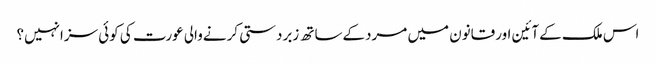
اس ملک کےآئین اورقانون میں مردکےساتھ زبردستی کرنےوالی عورت کی کوئی سزانہیں؟